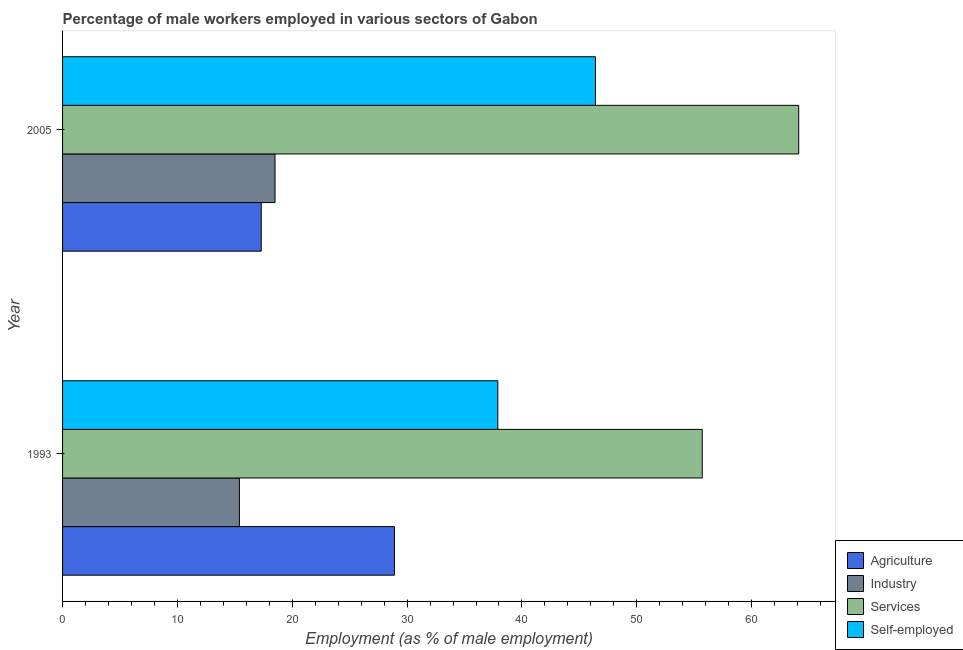
| Year | Agriculture | Industry | Services | Self-employed |
 | --- | --- | --- | --- | --- |
 | 1993 | 28.9 | 15.4 | 55.7 | 37.9 |
 | 2005 | 17.3 | 18.5 | 64.1 | 46.4 |